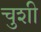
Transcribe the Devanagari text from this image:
चुशी